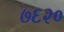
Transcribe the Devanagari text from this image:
७६२०